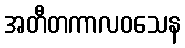
အတီတကာလဝသေန